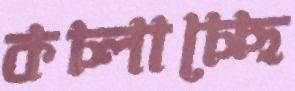
কচ্‌লাচ্ছে